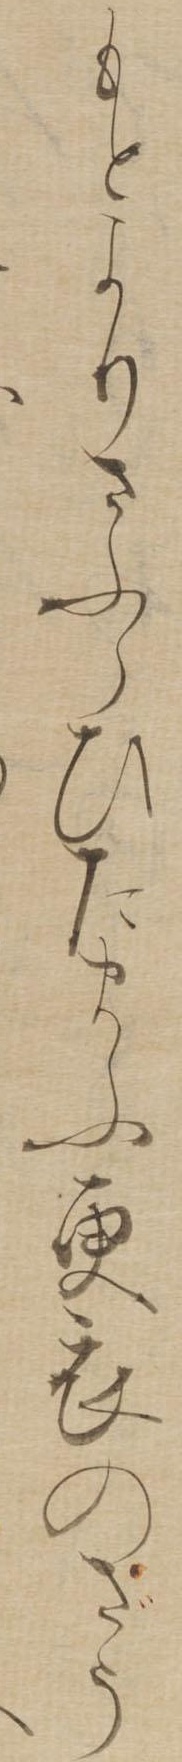
もとよりさふらひたまふ更衣のざう